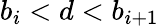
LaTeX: b_{i}<d<b_{i+1}